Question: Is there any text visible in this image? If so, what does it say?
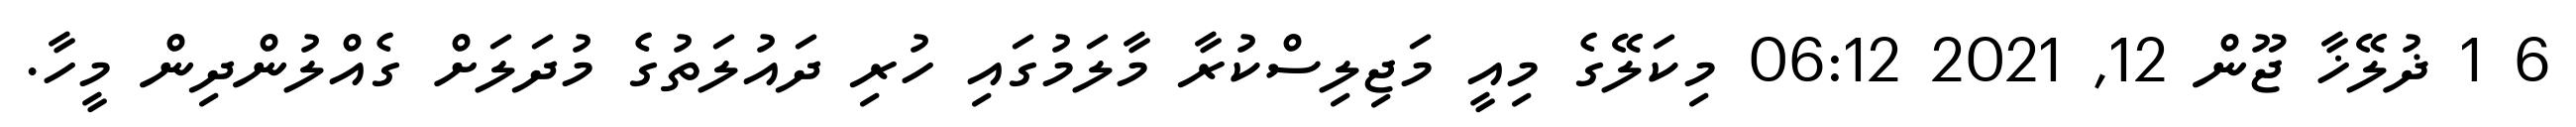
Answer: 6 1 ޛުލޭޚާ ޖޫން 12, 2021 06:12 މިކަލޭގެ މިއީ މަޖިލިސްކުރާ މާލަމުގައި ހުރި ދައުލަތުގެ މުދަލަށް ގެއްލުންދިން މީހާ.